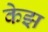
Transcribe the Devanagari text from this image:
केझ